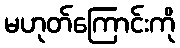
မဟုတ်ကြောင်းကို